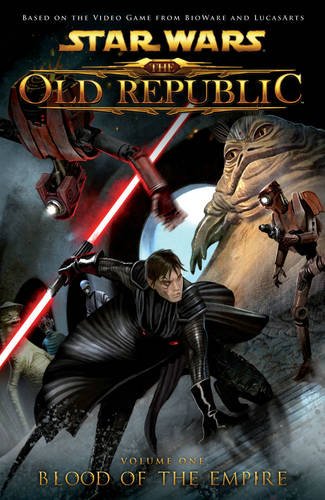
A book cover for Star Wars: The Old Republic Volume 1 - Blood of the Empire (Star Wars: The Old Republic (Quality Paper)); Alexander Freed; Teen & Young Adult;